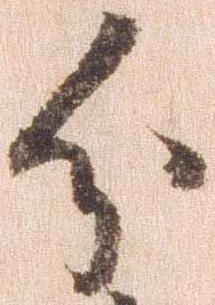
分